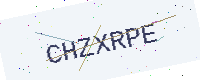
Text: CHZXRPE